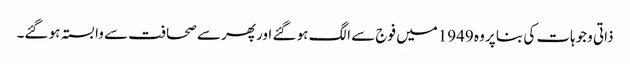
ذاتی وجوہات کی بنا پر وہ 1949میں فوج سے الگ ہو گئے اور پھر سے صحافت سے وابستہ ہو گئے۔